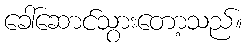
ခေါ်ဆောင်သွားတော့သည်။